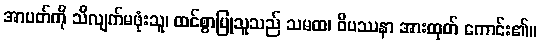
အာပတ်ကို သိလျက်မဖုံးသူ၊ ထင်စွာပြုသူသည် သမထ၊ ဝိပဿနာ အားထုတ် ကောင်း၏။